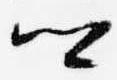
卿